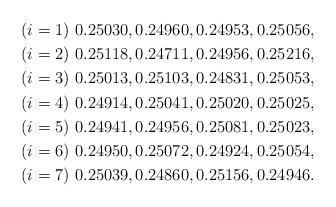
LaTeX: \begin{align*}(i=1)&\,\,0.25030, 0.24960, 0.24953, 0.25056, \\(i=2)&\,\,0.25118, 0.24711, 0.24956, 0.25216, \\(i=3)&\,\,0.25013, 0.25103, 0.24831, 0.25053, \\(i=4)&\,\,0.24914, 0.25041, 0.25020, 0.25025, \\(i=5)&\,\,0.24941, 0.24956, 0.25081, 0.25023, \\(i=6)&\,\,0.24950, 0.25072, 0.24924, 0.25054, \\(i=7)&\,\,0.25039, 0.24860, 0.25156, 0.24946.\end{align*}